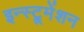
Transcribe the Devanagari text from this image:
इन्‍स्ट्रूमेंशन